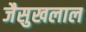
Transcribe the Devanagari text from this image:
जैसुखलाल